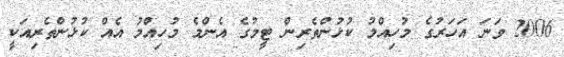
2006 ވަނަ އަހަރުގެ މުހިއްމު ކުޅުންތެރިން ޓީމުގެ އެންމެ މުހިއްމު އެއް ކުޅުންތެރިއަކީ